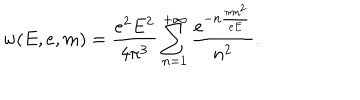
w ( E , e , m ) = \frac { e ^ { 2 } E ^ { 2 } } { 4 \pi ^ { 3 } } \sum _ { n = 1 } ^ { + \infty } \frac { e ^ { - n \frac { \pi m ^ { 2 } } { e E } } } { n ^ { 2 } } .